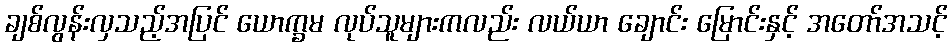
ချစ်လွန်းလှသည့်အပြင် ယောက္ခမ လုပ်သူများကလည်း လယ်ယာ ချောင်း မြောင်းနှင့် အတော်အသင့်